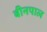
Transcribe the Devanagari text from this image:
बीनपाल